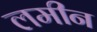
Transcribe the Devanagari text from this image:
लमीन